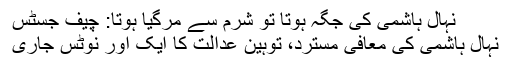
نہال ہاشمی کی جگہ ہوتا تو شرم سے مرگیا ہوتا: چیف جسٹس
نہال ہاشمی کی معافی مسترد، توہینِ عدالت کا ایک اور نوٹس جاری